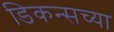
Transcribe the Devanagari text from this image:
डिकन्सच्या